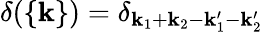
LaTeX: \delta(\{ \mathbf{k}\} )=\delta_{\mathbf{k}_{1}+\mathbf{k}_{2}-\mathbf{k}_{1}^{\prime}-\mathbf{k}_{2}^{\prime}}